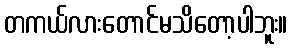
တကယ်လားတောင်မသိတော့ပါဘူး။